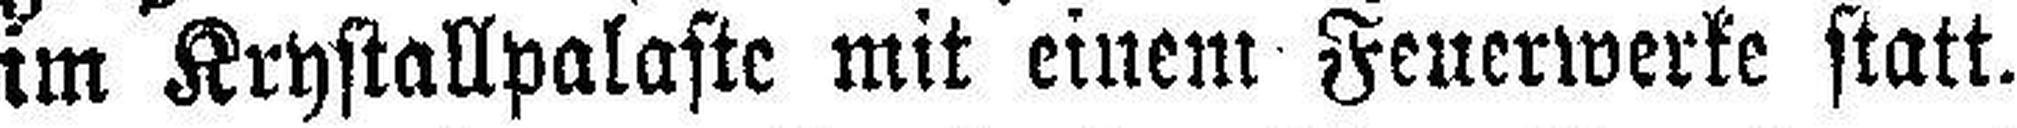
im Krystallpalaste mit einem Feuerwerke statt.